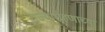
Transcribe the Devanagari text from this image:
राज्यारोहणाच्या